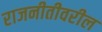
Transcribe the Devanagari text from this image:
राजनीतीवरील